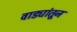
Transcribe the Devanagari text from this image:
वाड्यांतून